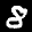
Label: 8